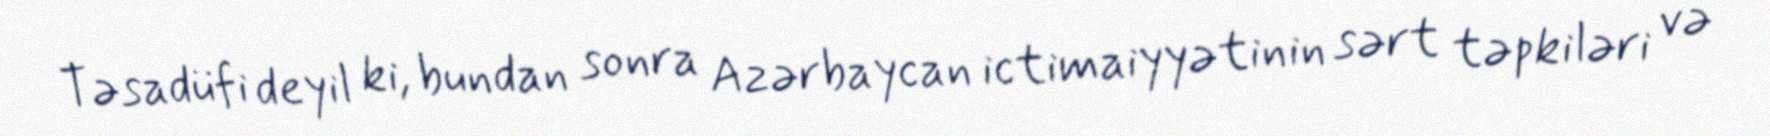
Təsadüfi deyil ki, bundan sonra Azərbaycan ictimaiyyətinin sərt təpkiləri və